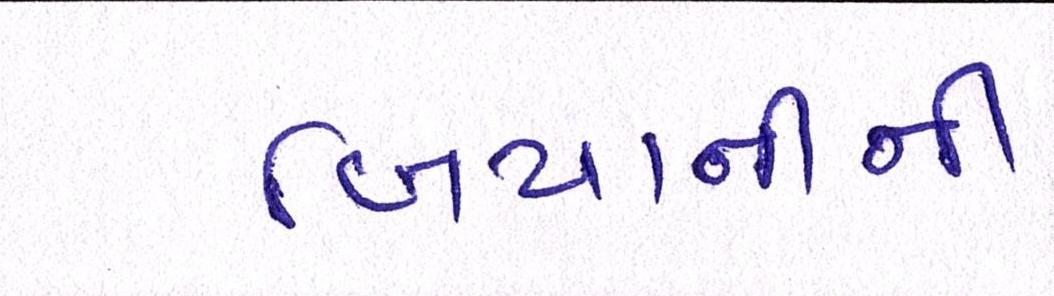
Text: બિયાનીની